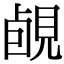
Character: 䚃